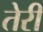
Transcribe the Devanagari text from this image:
तेेरी